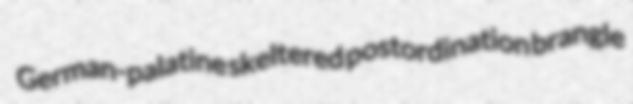
German-palatine skeltered postordination brangle